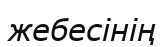
жебесінің